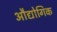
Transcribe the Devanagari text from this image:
अौद्योगिक